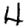
Digit: 4